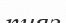
пияз